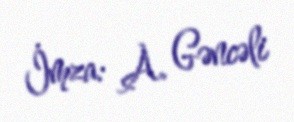
İmza: A. Gəncəli